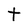
Character: t